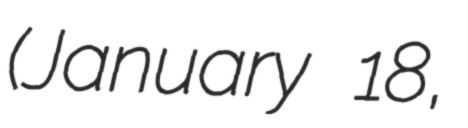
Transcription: (January 18,